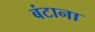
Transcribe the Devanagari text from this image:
बंटाना